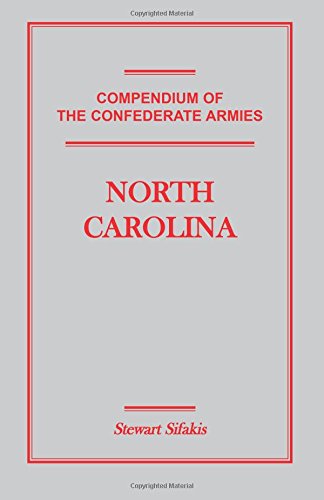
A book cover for Compendium of the Confederate Armies: North Carolina; Stewart Sifakis; History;